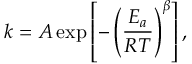
k = A \exp \left[ - \left( { \frac { E _ { a } } { R T } } \right) ^ { \beta } \right] ,